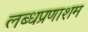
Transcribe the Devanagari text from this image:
लब्धप्रणाशम